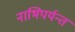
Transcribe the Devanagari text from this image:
नाभिपर्यन्तं